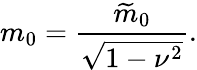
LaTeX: m_{0}=\frac{\widetilde{m}_{0}}{\sqrt{1-\nu^{2}}}.